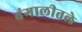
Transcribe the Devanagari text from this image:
बंगालीतले